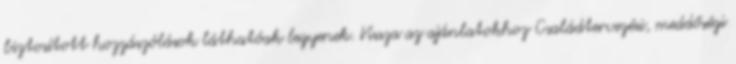
biztosított hozzászólások láthatóak legyenek. Vissza az ajánlatokhoz Családtervezési, meddőségi